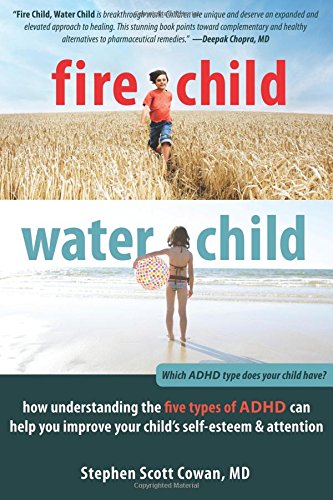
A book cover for Fire Child, Water Child: How Understanding the Five Types of ADHD Can Help You Improve Your Child's Self-Esteem and Attention; Stephen Cowan MD FAAP; Parenting & Relationships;